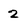
Character: 2